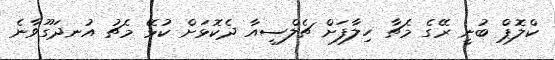
ކްލޮޕް ބުނީ ރޭގެ މެޗާ ހިލާފަށް ޗެލްސީއާ ދެކޮޅަށް ކުޅޭ މެޗު އުނދަގޫވާނެ